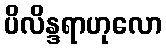
ပိလိန္ဒရာဟုလော